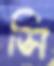
সি